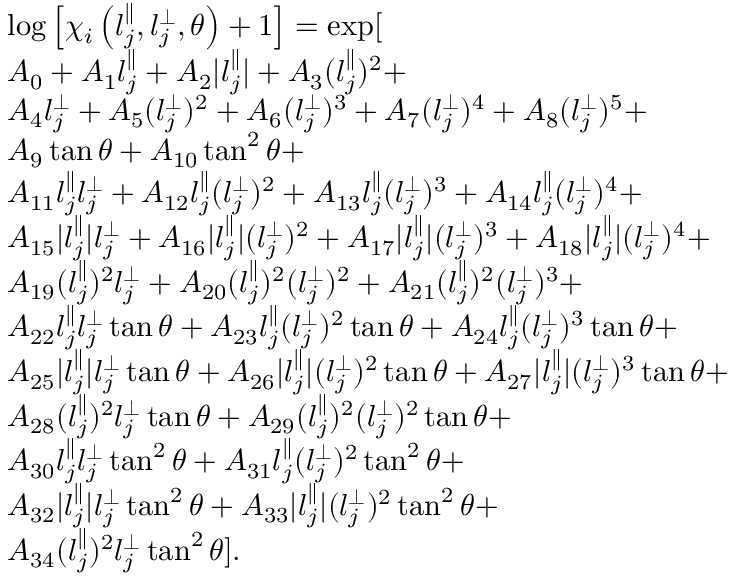
\begin{array} { r l } & { \log \left[ \chi _ { i } \left( l _ { j } ^ { \parallel } , l _ { j } ^ { \perp } , \theta \right) + 1 \right] = \exp [ } \\ & { A _ { 0 } + A _ { 1 } l _ { j } ^ { \parallel } + A _ { 2 } \vert l _ { j } ^ { \parallel } \vert + A _ { 3 } ( l _ { j } ^ { \parallel } ) ^ { 2 } + } \\ & { A _ { 4 } l _ { j } ^ { \perp } + A _ { 5 } ( l _ { j } ^ { \perp } ) ^ { 2 } + A _ { 6 } ( l _ { j } ^ { \perp } ) ^ { 3 } + A _ { 7 } ( l _ { j } ^ { \perp } ) ^ { 4 } + A _ { 8 } ( l _ { j } ^ { \perp } ) ^ { 5 } + } \\ & { A _ { 9 } \tan { \theta } + A _ { 1 0 } \tan ^ { 2 } { \theta } + } \\ & { A _ { 1 1 } l _ { j } ^ { \parallel } l _ { j } ^ { \perp } + A _ { 1 2 } l _ { j } ^ { \parallel } ( l _ { j } ^ { \perp } ) ^ { 2 } + A _ { 1 3 } l _ { j } ^ { \parallel } ( l _ { j } ^ { \perp } ) ^ { 3 } + A _ { 1 4 } l _ { j } ^ { \parallel } ( l _ { j } ^ { \perp } ) ^ { 4 } + } \\ & { A _ { 1 5 } \vert l _ { j } ^ { \parallel } \vert l _ { j } ^ { \perp } + A _ { 1 6 } \vert l _ { j } ^ { \parallel } \vert ( l _ { j } ^ { \perp } ) ^ { 2 } + A _ { 1 7 } \vert l _ { j } ^ { \parallel } \vert ( l _ { j } ^ { \perp } ) ^ { 3 } + A _ { 1 8 } \vert l _ { j } ^ { \parallel } \vert ( l _ { j } ^ { \perp } ) ^ { 4 } + } \\ & { A _ { 1 9 } ( l _ { j } ^ { \parallel } ) ^ { 2 } l _ { j } ^ { \perp } + A _ { 2 0 } ( l _ { j } ^ { \parallel } ) ^ { 2 } ( l _ { j } ^ { \perp } ) ^ { 2 } + A _ { 2 1 } ( l _ { j } ^ { \parallel } ) ^ { 2 } ( l _ { j } ^ { \perp } ) ^ { 3 } + } \\ & { A _ { 2 2 } l _ { j } ^ { \parallel } l _ { j } ^ { \perp } \tan { \theta } + A _ { 2 3 } l _ { j } ^ { \parallel } ( l _ { j } ^ { \perp } ) ^ { 2 } \tan { \theta } + A _ { 2 4 } l _ { j } ^ { \parallel } ( l _ { j } ^ { \perp } ) ^ { 3 } \tan { \theta } + } \\ & { A _ { 2 5 } \vert l _ { j } ^ { \parallel } \vert l _ { j } ^ { \perp } \tan { \theta } + A _ { 2 6 } \vert l _ { j } ^ { \parallel } \vert ( l _ { j } ^ { \perp } ) ^ { 2 } \tan { \theta } + A _ { 2 7 } \vert l _ { j } ^ { \parallel } \vert ( l _ { j } ^ { \perp } ) ^ { 3 } \tan { \theta } + } \\ & { A _ { 2 8 } ( l _ { j } ^ { \parallel } ) ^ { 2 } l _ { j } ^ { \perp } \tan { \theta } + A _ { 2 9 } ( l _ { j } ^ { \parallel } ) ^ { 2 } ( l _ { j } ^ { \perp } ) ^ { 2 } \tan { \theta } + } \\ & { A _ { 3 0 } l _ { j } ^ { \parallel } l _ { j } ^ { \perp } \tan ^ { 2 } { \theta } + A _ { 3 1 } l _ { j } ^ { \parallel } ( l _ { j } ^ { \perp } ) ^ { 2 } \tan ^ { 2 } { \theta } + } \\ & { A _ { 3 2 } \vert l _ { j } ^ { \parallel } \vert l _ { j } ^ { \perp } \tan ^ { 2 } { \theta } + A _ { 3 3 } \vert l _ { j } ^ { \parallel } \vert ( l _ { j } ^ { \perp } ) ^ { 2 } \tan ^ { 2 } { \theta } + } \\ & { A _ { 3 4 } ( l _ { j } ^ { \parallel } ) ^ { 2 } l _ { j } ^ { \perp } \tan ^ { 2 } { \theta } ] . } \end{array}